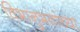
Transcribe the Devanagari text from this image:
विभानुभवांच्या